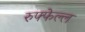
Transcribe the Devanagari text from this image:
रुफ्फेल्ल